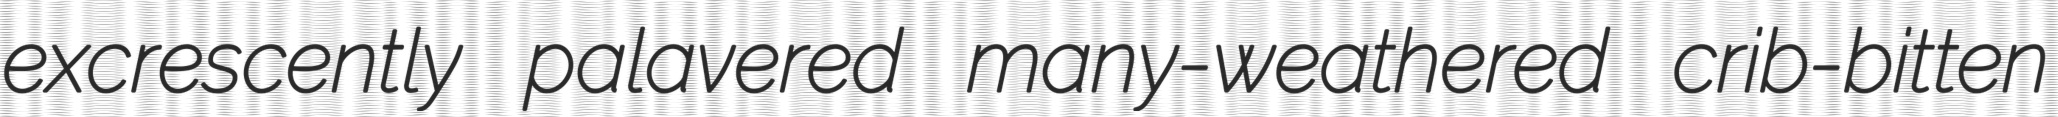
excrescently palavered many-weathered crib-bitten